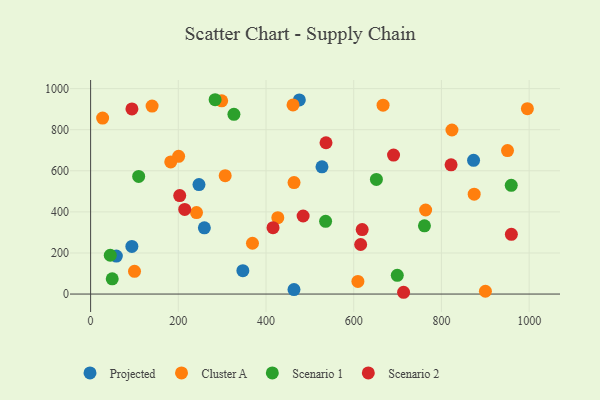
{"axis": {"x": "Engine Size", "y": "Exam Score"}, "legend": ["Cluster A", "Projected", "Scenario 1", "Scenario 2"], "data": [{"x": "527.6", "y": 619.2, "type": "Projected"}, {"x": "476.0", "y": 944.7, "type": "Projected"}, {"x": "347.2", "y": 113.9, "type": "Projected"}, {"x": "259.4", "y": 322.3, "type": "Projected"}, {"x": "58.7", "y": 184.8, "type": "Projected"}, {"x": "247.1", "y": 532.7, "type": "Projected"}, {"x": "94.1", "y": 231.6, "type": "Projected"}, {"x": "463.8", "y": 21.8, "type": "Projected"}, {"x": "873.3", "y": 651.0, "type": "Projected"}, {"x": "900.3", "y": 13.8, "type": "Cluster A"}, {"x": "950.7", "y": 698.5, "type": "Cluster A"}, {"x": "200.7", "y": 670.4, "type": "Cluster A"}, {"x": "100.1", "y": 110.6, "type": "Cluster A"}, {"x": "140.2", "y": 914.9, "type": "Cluster A"}, {"x": "996.0", "y": 902.1, "type": "Cluster A"}, {"x": "824.0", "y": 798.5, "type": "Cluster A"}, {"x": "764.0", "y": 409.2, "type": "Cluster A"}, {"x": "369.1", "y": 247.2, "type": "Cluster A"}, {"x": "182.7", "y": 643.0, "type": "Cluster A"}, {"x": "461.6", "y": 920.4, "type": "Cluster A"}, {"x": "463.9", "y": 542.7, "type": "Cluster A"}, {"x": "609.5", "y": 61.6, "type": "Cluster A"}, {"x": "298.9", "y": 940.6, "type": "Cluster A"}, {"x": "27.4", "y": 856.5, "type": "Cluster A"}, {"x": "874.7", "y": 486.0, "type": "Cluster A"}, {"x": "666.9", "y": 919.5, "type": "Cluster A"}, {"x": "426.9", "y": 372.0, "type": "Cluster A"}, {"x": "306.9", "y": 576.0, "type": "Cluster A"}, {"x": "241.5", "y": 396.6, "type": "Cluster A"}, {"x": "283.9", "y": 945.8, "type": "Scenario 1"}, {"x": "535.9", "y": 354.1, "type": "Scenario 1"}, {"x": "49.3", "y": 74.4, "type": "Scenario 1"}, {"x": "44.8", "y": 188.9, "type": "Scenario 1"}, {"x": "761.3", "y": 332.1, "type": "Scenario 1"}, {"x": "699.3", "y": 91.1, "type": "Scenario 1"}, {"x": "326.8", "y": 874.6, "type": "Scenario 1"}, {"x": "959.2", "y": 529.3, "type": "Scenario 1"}, {"x": "651.7", "y": 557.7, "type": "Scenario 1"}, {"x": "109.6", "y": 572.7, "type": "Scenario 1"}, {"x": "615.8", "y": 241.2, "type": "Scenario 2"}, {"x": "959.5", "y": 290.5, "type": "Scenario 2"}, {"x": "416.0", "y": 323.1, "type": "Scenario 2"}, {"x": "484.6", "y": 380.0, "type": "Scenario 2"}, {"x": "619.3", "y": 314.0, "type": "Scenario 2"}, {"x": "690.8", "y": 676.6, "type": "Scenario 2"}, {"x": "822.0", "y": 628.8, "type": "Scenario 2"}, {"x": "203.2", "y": 479.1, "type": "Scenario 2"}, {"x": "214.6", "y": 411.8, "type": "Scenario 2"}, {"x": "713.7", "y": 8.7, "type": "Scenario 2"}, {"x": "94.2", "y": 901.0, "type": "Scenario 2"}, {"x": "536.8", "y": 736.5, "type": "Scenario 2"}]}